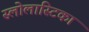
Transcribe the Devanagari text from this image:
स्लोलास्टिका